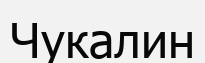
Чукалин